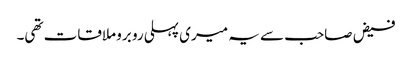
فیض صاحب سے یہ میری پہلی رو برو ملاقات تھی۔